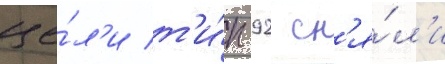
це́л'и т'и́п 92 сн'я́л'и